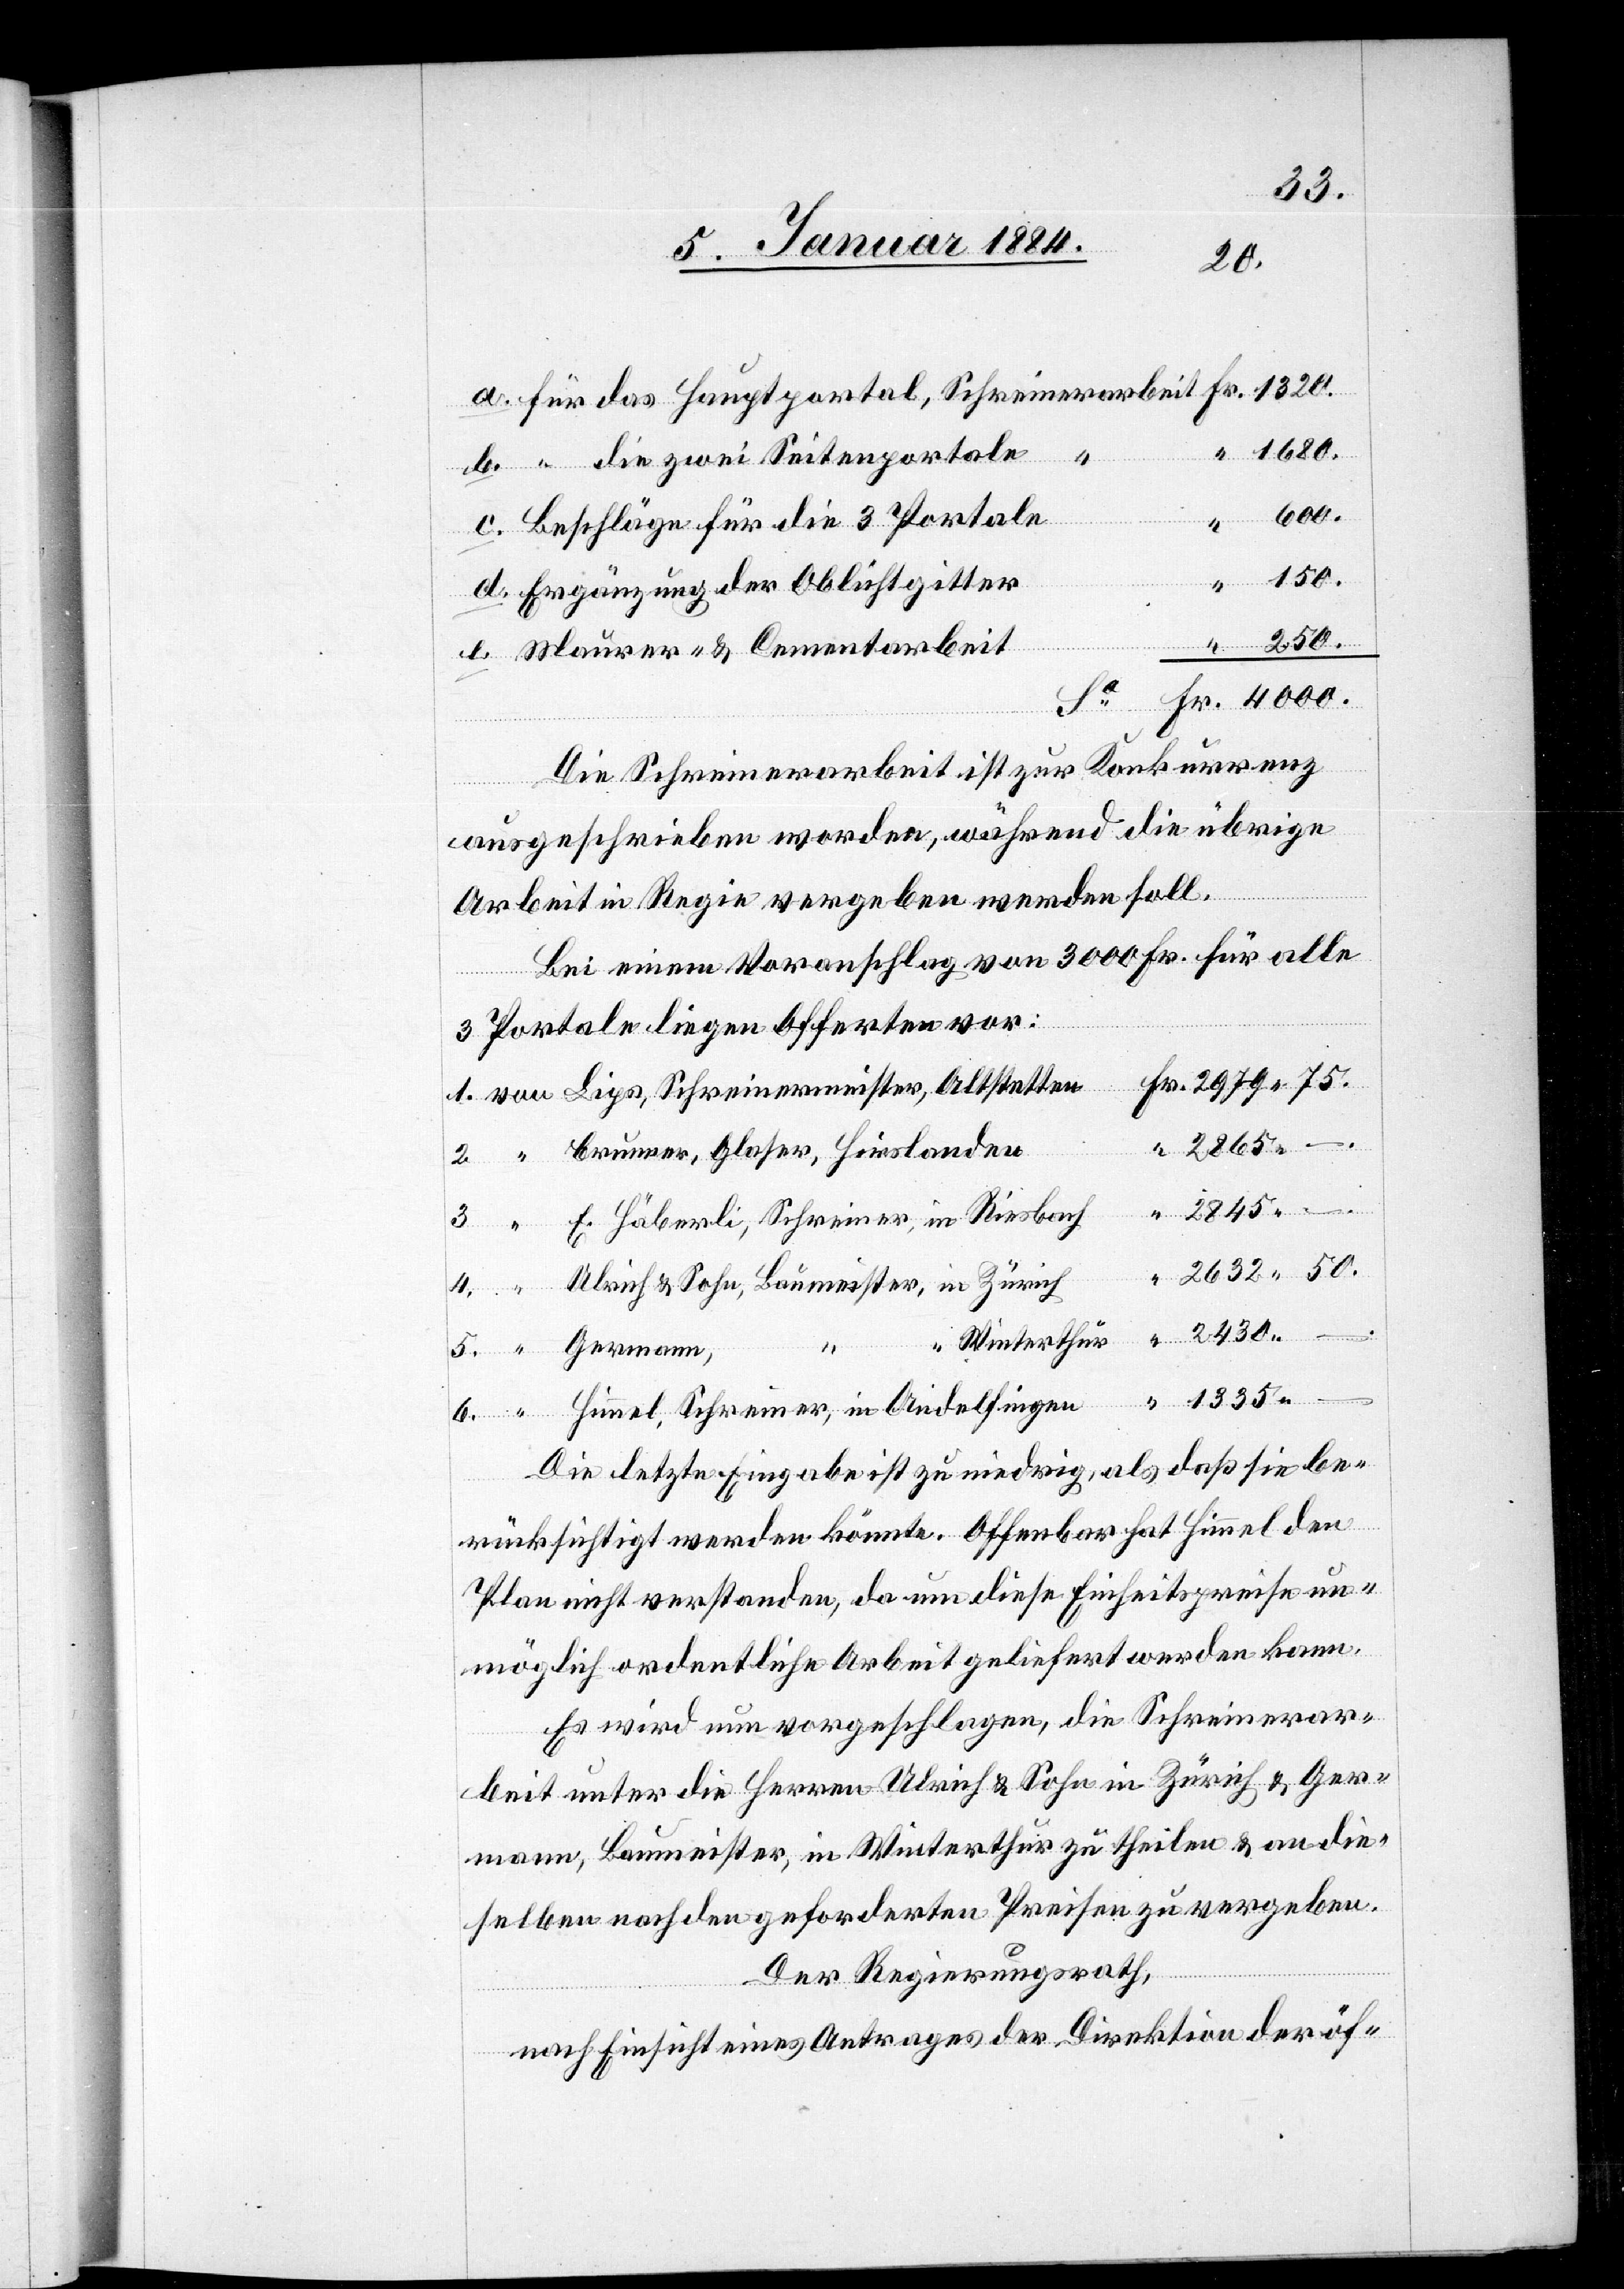
75.
4000.
1680.
“
–.
“ die zwei Seitenportale
6.
Beschläge für die 3 Portale
Ergänzung der Obluftgitter
Maurer- & Cementarbeit
Die Schreinerarbeit ist zur Konkurrenz
ausgeschrieben worden, während die übrige
Arbeit in Regie vergeben werden soll.
Bei einem Voranschlag von 300 Fr. für alle
3 Portale liegen Offerten vor:
Winterthur
2865
Brunner, Glaser, Hirslanden
Germann, “
E. Häberli, Schreiner, in Riesbach
1.
Himmel, Schreiner, in Andelfingen
Die letzte Eingabe ist zu niedrig, als daß sie be¬
rücksichtigt werden könnte. Offenbar hat Himmel den
Plan nicht verstanden, da um diese Einheitspreise un¬
möglich ordentliche Arbeit geliefert werden kann.
Es wird nun vorgeschlagen, die Schreinerar¬
beit unter die Herrn Ulrich & Sohn in Zürich & Ger¬
mann, Baumeister, in Winterthur zu theilen & an die¬
selben nach den geforderten Preisen zu vergeben.
von
Der Regierungsrath,
nach Einsicht eines Antrages der Direktion der öf-